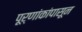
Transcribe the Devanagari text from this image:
पूर्णांकांपासून